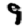
Digit: 9